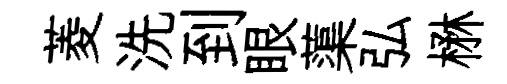
菱洗到眼蕖弘楙